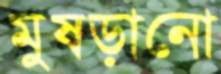
মুষড়ানো